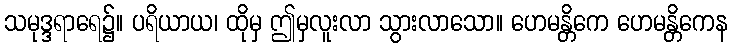
သမုဒ္ဒရာရေ၌။ ပရိယာယ၊ ထိုမှ ဤမှလူးလာ သွားလာသော။ ဟေမန္တိကေ ဟေမန္တိကေန